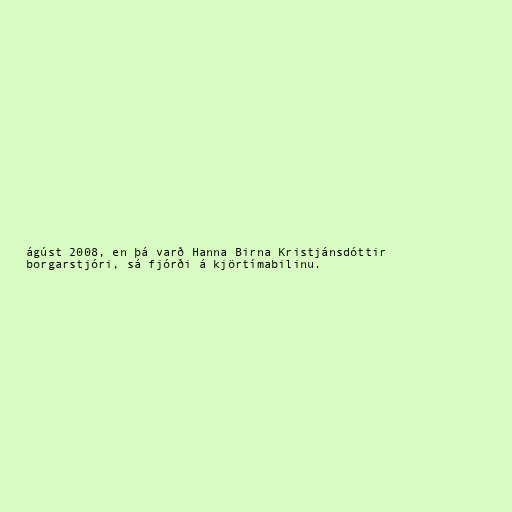
ágúst 2008, en þá varð Hanna Birna Kristjánsdóttir
borgarstjóri, sá fjórði á kjörtímabilinu.